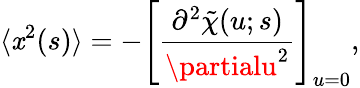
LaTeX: \langle\mathit{x}^{2}(s)\rangle=-\left[\frac{{\partial^{2}\tilde{{\chi}}(u;s)}}{{\partialu^{2}}}\right]_{u=0},